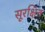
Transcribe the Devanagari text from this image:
सूरक्षित